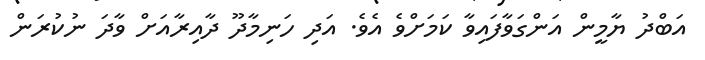
އަބްދު ޔާމީން އަންގަވާފައިވާ ކަމަށްވެ އެވެ. އަދި ހަނިމާދޫ ދާއިރާއަށް ވާދަ ނުކުރަން